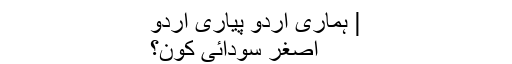
| ہماری اردو پیاری اردو
اصغر سودائی کون؟